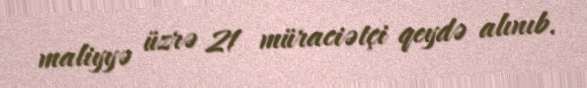
maliyyə üzrə 21 müraciətçi qeydə alınıb.